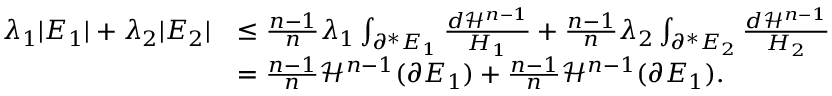
\begin{array} { r l } { \lambda _ { 1 } | E _ { 1 } | + \lambda _ { 2 } | E _ { 2 } | } & { \le \frac { n - 1 } { n } \lambda _ { 1 } \int _ { \partial ^ { * } E _ { 1 } } \frac { d \mathcal { H } ^ { n - 1 } } { H _ { 1 } } + \frac { n - 1 } { n } \lambda _ { 2 } \int _ { \partial ^ { * } E _ { 2 } } \frac { d \mathcal { H } ^ { n - 1 } } { H _ { 2 } } } \\ & { = \frac { n - 1 } { n } \mathcal { H } ^ { n - 1 } ( \partial E _ { 1 } ) + \frac { n - 1 } { n } \mathcal { H } ^ { n - 1 } ( \partial E _ { 1 } ) . } \end{array}